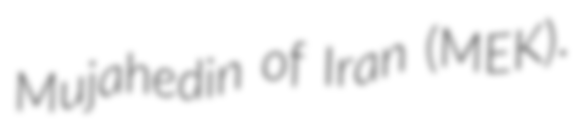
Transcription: Mujahedin of Iran (MEK).